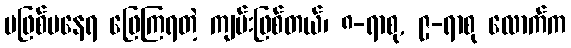
မဖြစ်မနေရ ဖြေကြရတဲ့ ကျမ်းဖြစ်တယ်၊ ၈-ရာစု, ၉-ရာစု လောက်က